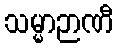
သမ္မာဉာဏီ